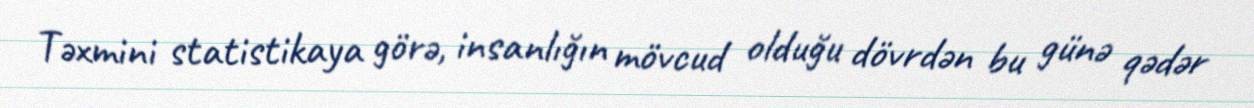
Təxmini statistikaya görə, insanlığın mövcud olduğu dövrdən bu günə qədər